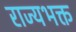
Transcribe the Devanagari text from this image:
राज्यभक्त